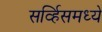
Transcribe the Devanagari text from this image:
सर्व्हिसमध्ये